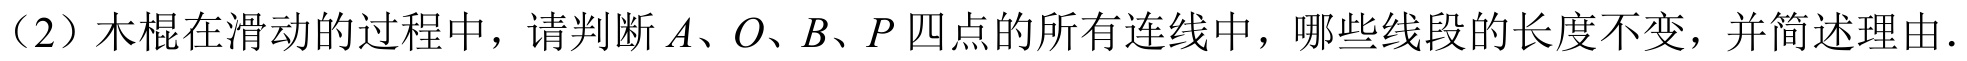
（2）木棍在滑动的过程中，请判断\(A、O、B、P\)四点的所有连线中，哪些线段的长度不变，并简述理由.